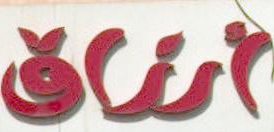
اتفاق